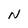
Character: N